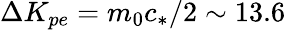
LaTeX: \Delta K_{pe}=m_{0}c_{*}/2\sim 13.6